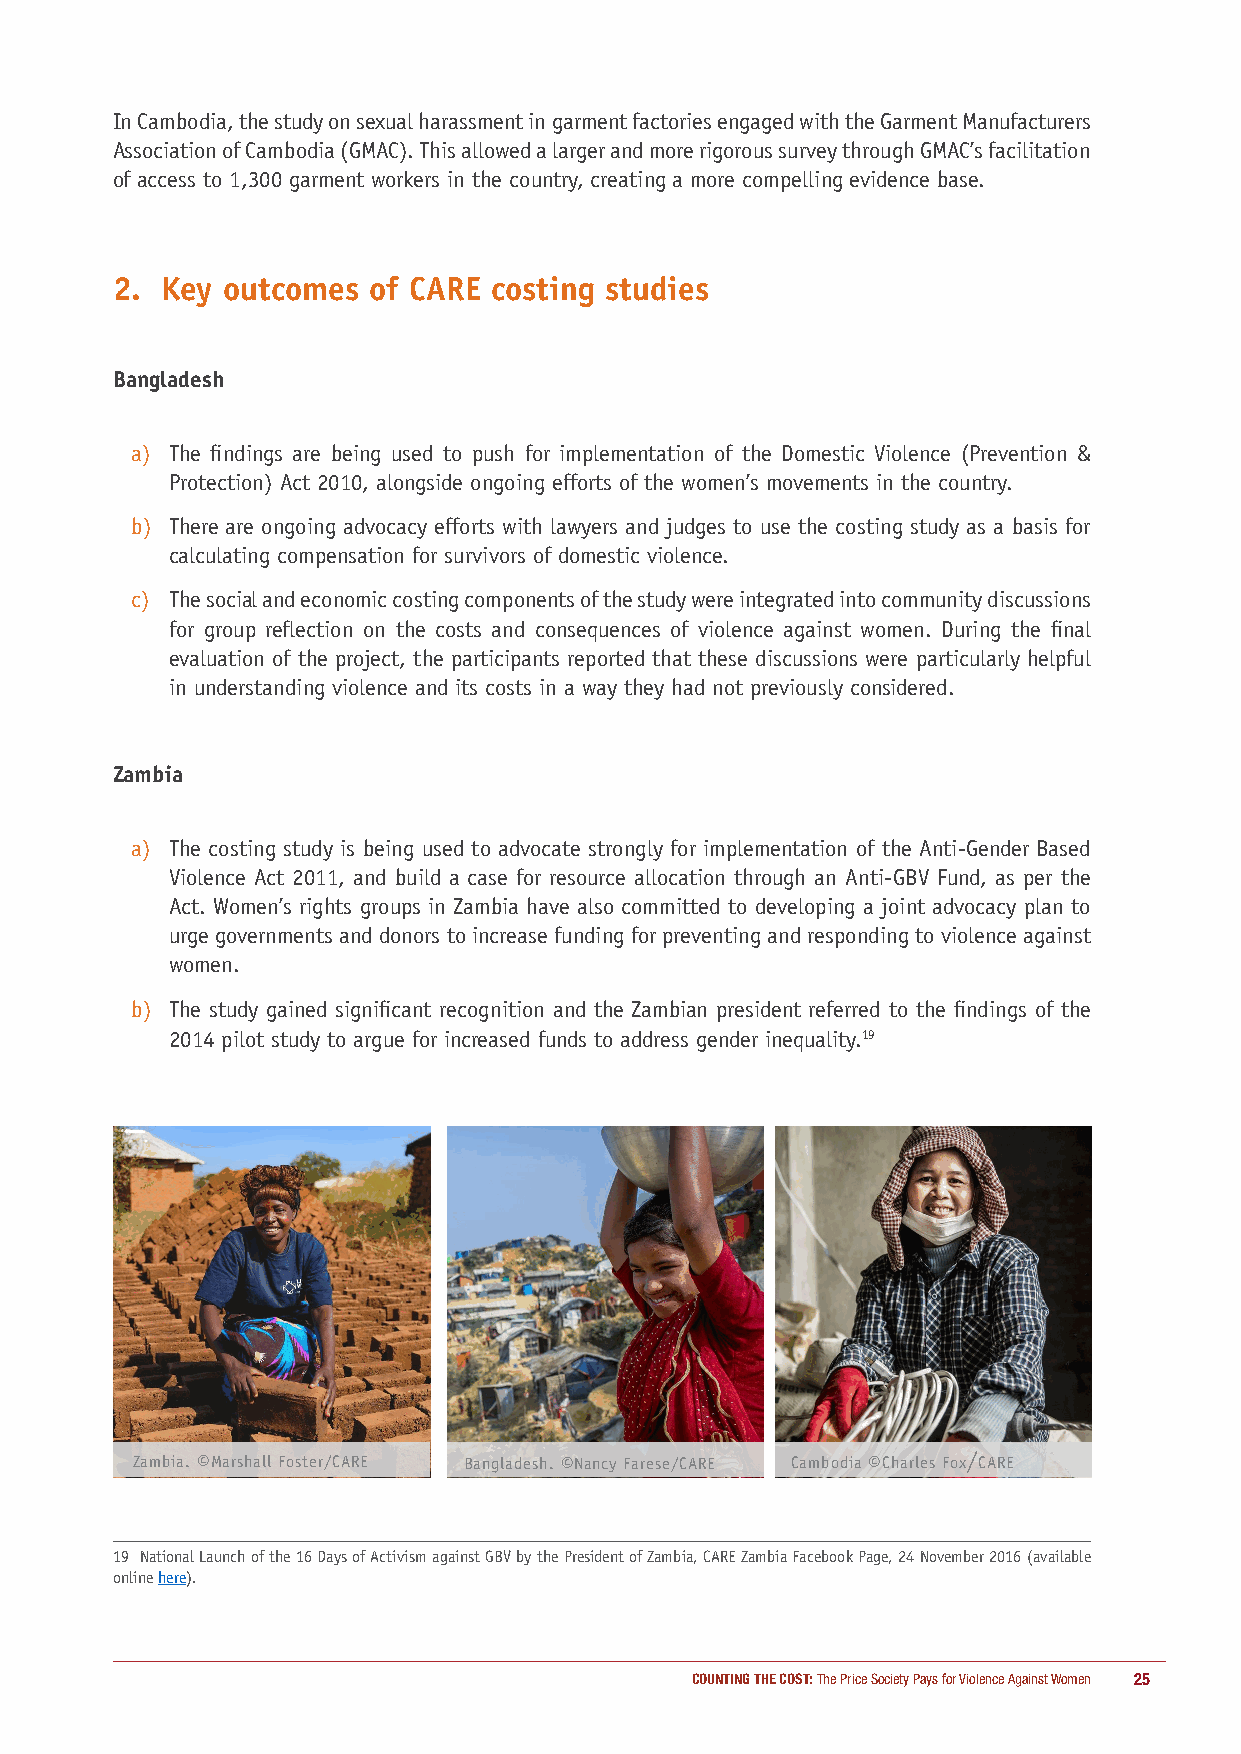
In Cambodia, the study on sexual harassment in garment factories engaged with the Garment Manufacturers
 Association of Cambodia (GMAC). This allowed a larger and more rigorous survey through GMAC’s facilitation
 of access to 1,300 garment workers in the country, creating a more compelling evidence base.
 2.  Key outcomes of CARE costing studies
 Bangladesh
 a) The findings are being used to push for implementation of the Domestic Violence (Prevention &
 Protection) Act 2010, alongside ongoing efforts of the women’s movements in the country.
 b) There are ongoing advocacy efforts with lawyers and judges to use the costing study as a basis for
 calculating compensation for survivors of domestic violence.
 c) The social and economic costing components of the study were integrated into community discussions
 for group reflection on the costs and consequences of violence against women. During the final
 evaluation of the project, the participants reported that these discussions were particularly helpful
 in understanding violence and its costs in a way they had not previously considered.
 Zambia
 a) The costing study is being used to advocate strongly for implementation of the Anti-Gender Based
 Violence Act 2011, and build a case for resource allocation through an Anti-GBV Fund, as per the
 Act. Women’s rights groups in Zambia have also committed to developing a joint advocacy plan to
 urge governments and donors to increase funding for preventing and responding to violence against
 women.
 b) The study gained significant recognition and the Zambian president referred to the findings of the
 2014 pilot study to argue for increased funds to address gender inequality.19
 Zambia. ©Marshall Foster/CARE Bangladesh. ©Nancy Farese/CARE Cambodia ©Charles Fox/CARE
 19 National Launch of the 16 Days of Activism against GBV by the President of Zambia, CARE Zambia Facebook Page, 24 November 2016 (available
 online here).
 COUNTING THE COST: The Price Society Pays for Violence Against Women 25